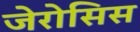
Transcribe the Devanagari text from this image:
जेरोसिस